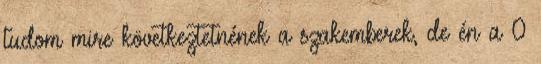
tudom mire következtetnének a szakemberek, de én a 0